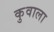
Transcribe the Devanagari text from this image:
कुवाला